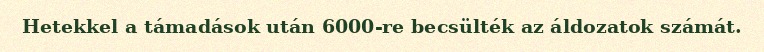
Hetekkel a támadások után 6000-re becsülték az áldozatok számát.